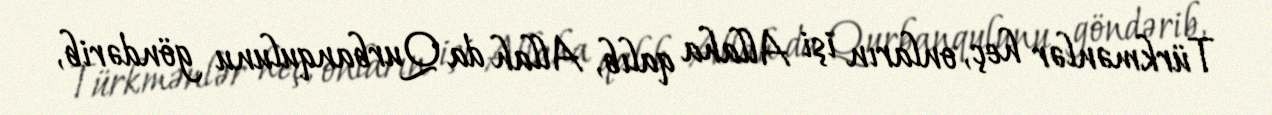
Türkmənlər heç, onların işi Allaha qalıb, Allah da Qurbanqulunu göndərib,